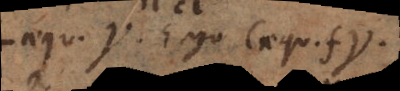
aequ.. Ergo c aequ. f.